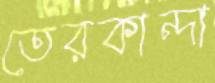
তেরকান্দা